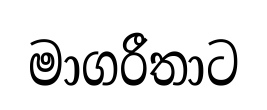
මාගරීතාට